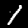
Digit: 1